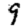
Digit: 9